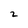
Character: 2